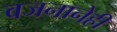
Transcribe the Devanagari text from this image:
वजनानेही